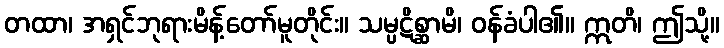
တထာ၊ အရှင်ဘုရားမိန့်တော်မူတိုင်း။ သမ္ပဋိစ္ဆာမိ၊ ဝန်ခံပါ၏။ ဣတိ၊ ဤသို့။